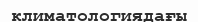
климатологиядағы